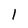
Character: l